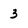
Character: 3